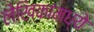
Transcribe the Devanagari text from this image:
लेखिकांमध्ये